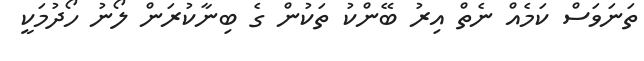
ތަނަވަސް ކަމެއް ނެތް އިރު ބޭންކު ތަކުން ގެ ބިނާކުރަން ލޯނު ހޯދުމަކީ